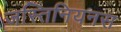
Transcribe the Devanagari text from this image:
जस्तिनियनस